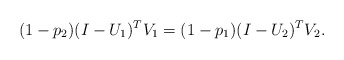
\begin{align*}(1-p_2)(I-U_1)^T V_1= (1-p_1)(I-U_2)^T V_2.\end{align*}